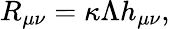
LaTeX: R_{\mu\nu}=\kappa\Lambda h_{\mu\nu},